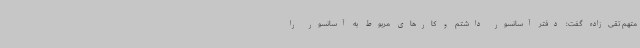
متهم تقی‌زاده گفت: دفتر آسانسور داشتم و کارهای مربوط به آسانسور را